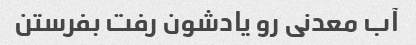
آب معدنی رو یادشون رفت بفرستن